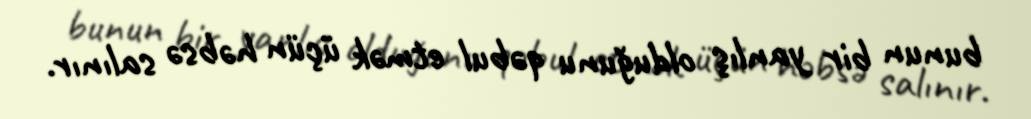
bunun bir yanlış olduğunu qəbul etmək üçün həbsə salınır.